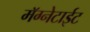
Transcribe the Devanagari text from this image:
मॅग्नेटाईट